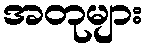
အတုများ